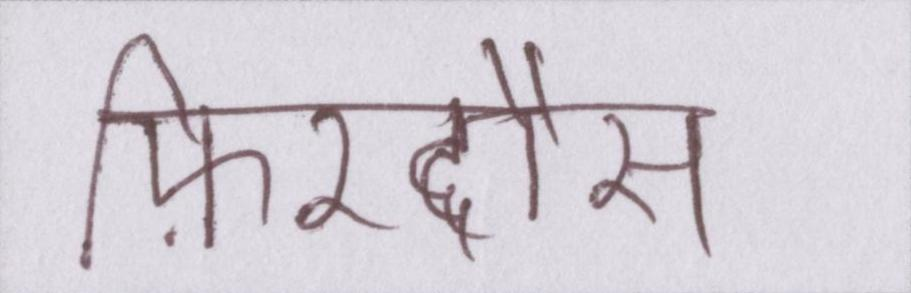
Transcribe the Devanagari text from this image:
फ़िरदौस